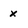
Character: x